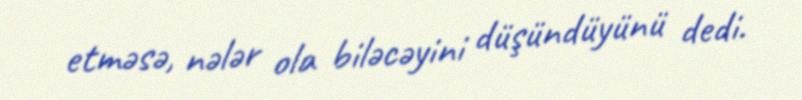
etməsə, nələr ola biləcəyini düşündüyünü dedi.